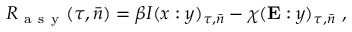
R _ { \mathrm { ~ a ~ s ~ y ~ } } ( \tau , \bar { n } ) = \beta I ( x : y ) _ { \tau , \bar { n } } - \chi ( \mathbf { E } : y ) _ { \tau , \bar { n } } ~ ,